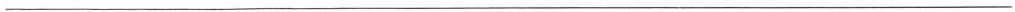
___